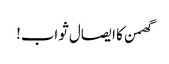
گھمن کا ایصال ثواب!